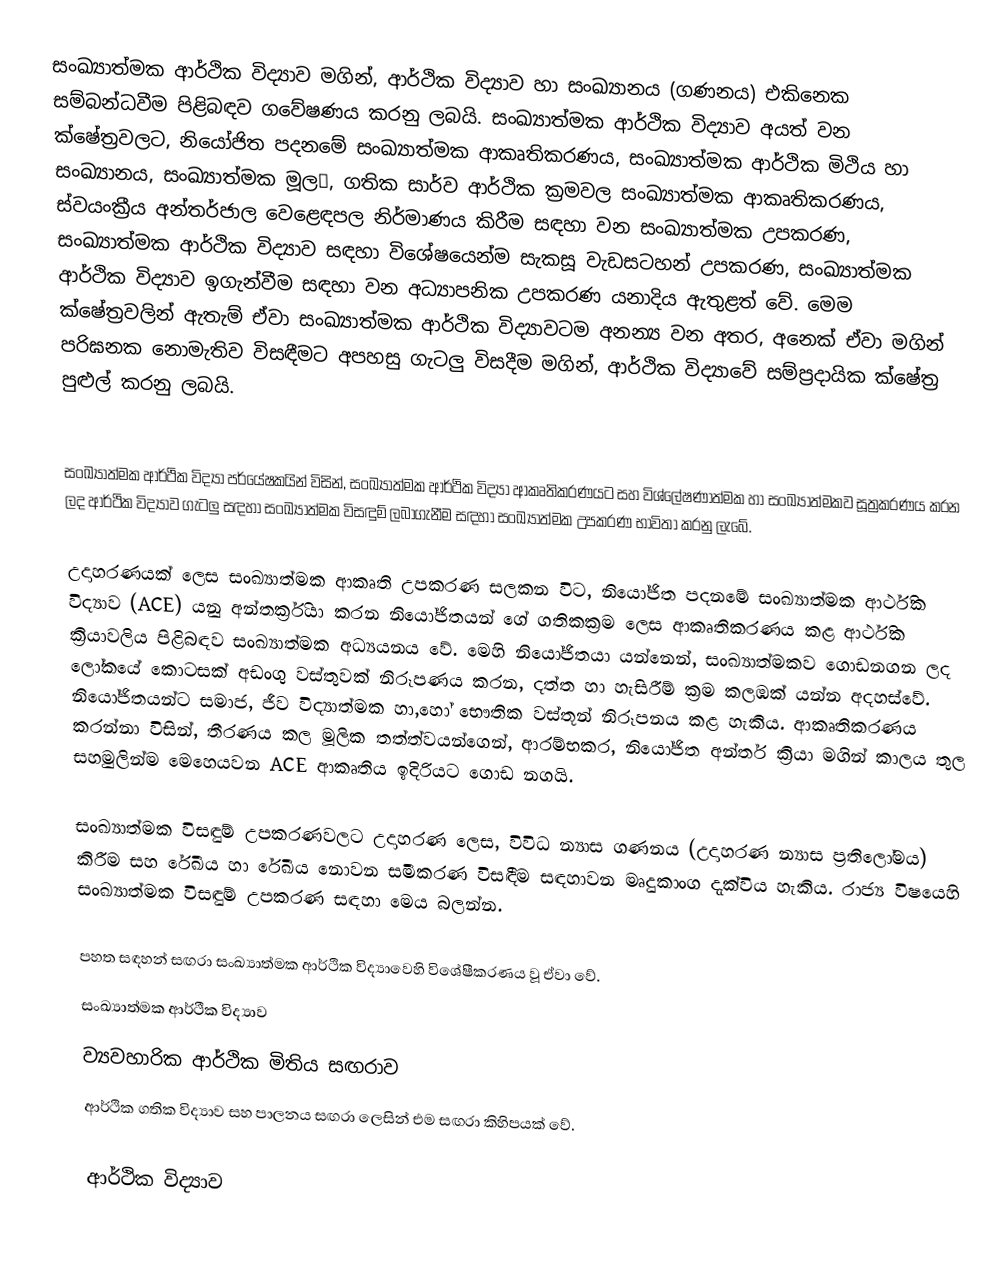
සංඛ්‍යාත්මක ආර්ථික විද්‍යාව මගින්, ආර්ථික විද්‍යාව හා සංඛ්‍යානය (ගණනය) එකිනෙක සම්බන්ධවීම පිළිබඳව ගවේෂණය කරනු ලබයි. සංඛ්‍යාත්මක ආර්ථික විද්‍යාව අයත් වන ක්ෂේත්‍රවලට, නියෝජිත පදනමේ සංඛ්‍යාත්මක ආකෘතිකරණය, සංඛ්‍යාත්මක ආර්ථික මිථිය හා සංඛ්‍යානය, සංඛ්‍යාත්මක මූල, ගතික සාර්ව ආර්ථික ක්‍රමවල සංඛ්‍යාත්මක ආකෘතිකරණය, ස්වයංක්‍රීය අන්තර්ජාල වෙළෙඳපල නිර්මාණය කිරීම සඳහා වන සංඛ්‍යාත්මක උපකරණ, සංඛ්‍යාත්මක ආර්ථික විද්‍යාව සඳහා විශේෂයෙන්ම සැකසූ වැඩසටහන් උපකරණ, සංඛ්‍යාත්මක ආර්ථික විද්‍යාව ඉගැන්වීම සඳහා වන අධ්‍යාපනික උපකරණ යනාදිය ඇතුළත් වේ. මෙම ක්ෂේත්‍රවලින් ඇතැම් ඒවා සංඛ්‍යාත්මක ආර්ථික විද්‍යාවටම අනන්‍ය වන අතර, අනෙක් ඒවා මගින් පරිඝනක නොමැතිව විසඳීමට අපහසු ගැටලු විසදීම මගින්, ආර්ථික විද්‍යාවේ සම්ප්‍රදායික ක්ෂේත්‍ර පුළුල් කරනු ලබයි.

සංඛ්‍යාත්මක ආර්ථික විද්‍යා පර්යේෂකයින් විසින්, සංඛ්‍යාත්මක ආර්ථික විද්‍යා ආකෘතිකරණයට සහ විශ්ලේෂණාත්මක හා සංඛ්‍යාත්මකව සූත්‍රකරණය කරන ලද ආර්ථික විද්‍යාව ගැටලු සඳහා සංඛ්‍යාත්මක විසඳුම් ලබාගැනීම සඳහා සංඛ්‍යාත්මක උපකරණ භාවිතා කරනු ලැබේ.

උදාහරණයක් ලෙස සංඛ්‍යාත්මක ආකෘති උපකරණ සලකන විට, නියෝජිත පදනමේ සංඛ්‍යාත්මක ආර්ථික විද්‍යාව (ACE) යනු අන්තර්ක්‍රියා කරන නියෝජිතයන් ගේ ගතිකක්‍රම ලෙස ආකෘතිකරණය කළ ආර්ථික ක්‍රියාවලිය පිළිබඳව සංඛ්‍යාත්මක අධයනය වේ. මෙහි නියෝජිතයා යන්නෙන්, සංඛ්‍යාත්මකව ගොඩනගන ලද ලෝකයේ කොටසක් අඩංගු වස්තුවක් නිරූපණය කරන, දත්ත හා හැසිරීම් ක්‍රම කලඹක් යන්න අදහස්වේ. නියෝජිතයන්ට සමාජ, ජීව විද්‍යාත්මක හා,හෝ භෞතික වස්තූන් නිරූපනය කළ හැකිය. ආකෘතිකරණය කරන්නා විසින්, තීරණය කල මූලික තත්ත්වයන්ගෙන්, ආරම්භකර, නියෝජිත අන්තර් ක්‍රියා මගින් කාලය තුල සහමුලින්ම මෙහෙයවන ACE ආකෘතිය ඉදිරියට ගොඩ නගයි.

සංඛ්‍යාත්මක විසඳුම් උපකරණවලට උදාහරණ ලෙස, විවිධ න්‍යාස ගණනය (උදාහරණ න්‍යාස ප්‍රතිලෝමය) කිරීම සහ රේඛීය හා රේඛීය නොවන සමීකරණ විසඳීම සඳහාවන මෘදුකාංග දැක්විය හැකිය. රාජ්‍ය විෂයෙහි සංඛ්‍යාත්මක විසඳුම් උපකරණ සඳහා මෙය බලන්න.

පහත සඳහන් සඟරා සංඛ්‍යාත්මක ආර්ථික විද්‍යාවෙහි විශේෂීකරණය වූ ඒවා වේ.
සංඛ්‍යාත්මක ආර්ථීක විද්‍යාව
 ව්‍යවහාරික ආර්ථික මිතිය සඟරාව
 ආර්ථික ගතික විද්‍යාව සහ පාලනය සඟරා ලෙසින් එම සඟරා කිහිපයක් වේ.

ආර්ථික විද්‍යාව